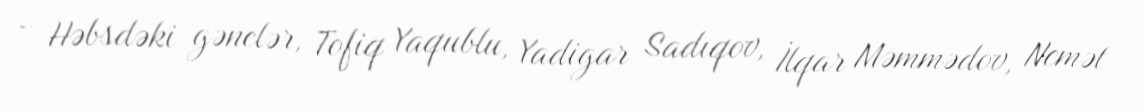
- Həbsdəki gənclər, Tofiq Yaqublu, Yadigar Sadıqov, İlqar Məmmədov, Nemət